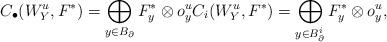
LaTeX: \begin{align*}\begin{aligned}C_{\bullet}(W^{u}_{Y}, F^{*})=\bigoplus_{y\in B_{\partial}}F^{*}_{y}\otimes o^{u}_{y} C_{i}(W_{Y}^{u}, F^{*})=\bigoplus_{y\in B_{\partial}^{i}}F^{*}_{y}\otimes o^{u}_{y},\end{aligned}\end{align*}